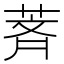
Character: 萕